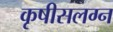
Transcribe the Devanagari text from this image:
कृषीसलग्न